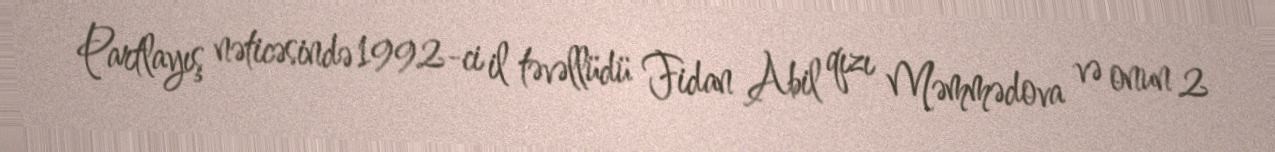
Partlayış nəticəsində 1992-ci il təvəllüdü Fidan Abil qızı Məmmədova və onun 2